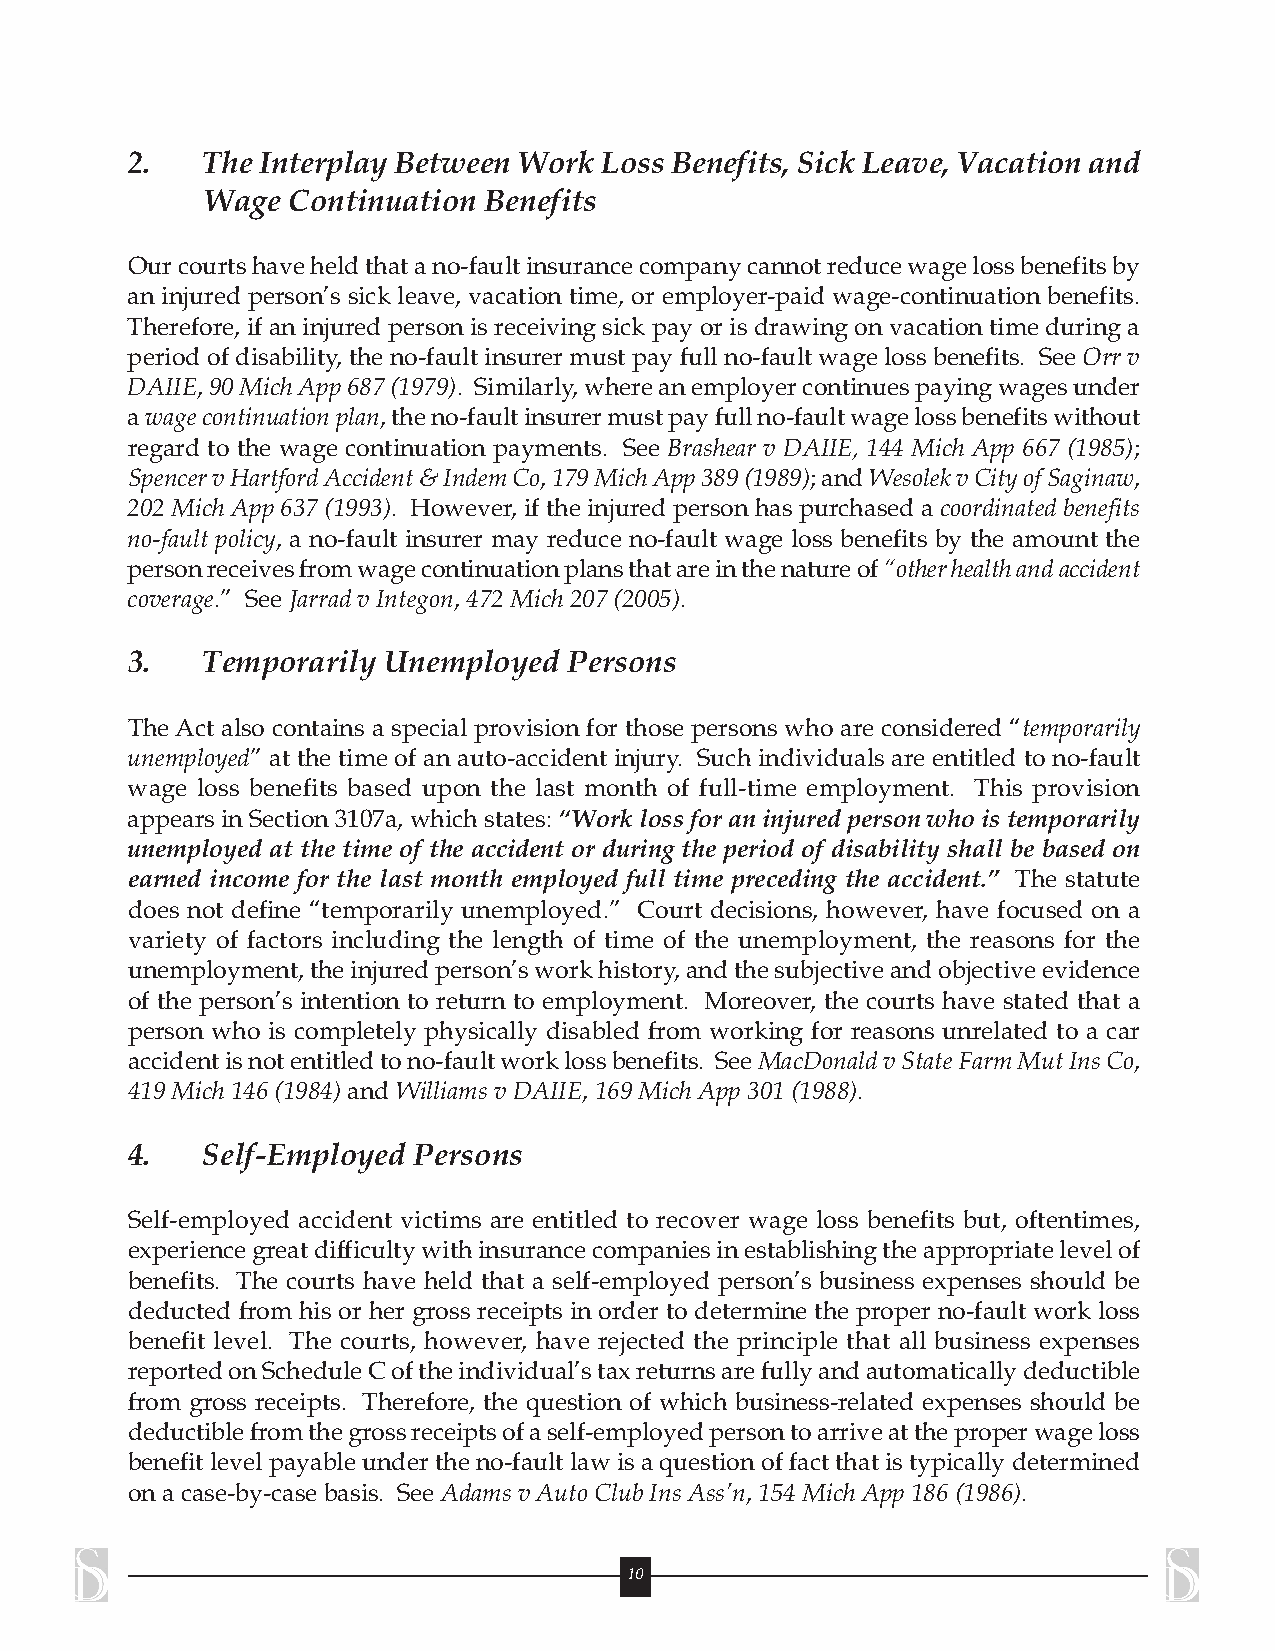
2.   The Interplay Between Work Loss Benefits, Sick Leave, Vacation and
 Wage  Continuation Benefits
 Ourcourtshaveheldthatano-faultinsurancecompanycannotreducewagelossbenefitsby
 an injured person’s sick leave, vacation time, or employer-paid wage-continuation benefits.
 Therefore, if an injured person is receiving sick pay or is drawing on vacation time during a
 period of disability, the no-fault insurer must pay full no-fault wage loss benefits. See Orr v
 DAIIE,90MichApp687(1979). Similarly,whereanemployercontinuespayingwagesunder
 awagecontinuationplan,theno-faultinsurermustpayfullno-faultwagelossbenefitswithout
 regard to the wage continuation payments. See Brashear v DAIIE, 144 Mich App 667 (1985);
 SpencervHartfordAccident&IndemCo,179MichApp389(1989);andWesolekvCityofSaginaw,
 202 Mich App 637 (1993). However, if the injured person has purchased a coordinated benefits
 no-fault policy, a no-fault insurer may reduce no-fault wage loss benefits by the amount the
 personreceivesfromwagecontinuationplansthatareinthenatureof“otherhealthandaccident
 coverage.” See JarradvIntegon,472Mich207(2005).
 3.   Temporarily Unemployed   Persons
 TheAct also contains a special provision for those persons who are considered “temporarily
 unemployed” at the time of an auto-accident injury. Such individuals are entitled to no-fault
 wage loss benefits based upon the last month of full-time employment. This provision
 appearsinSection3107a,whichstates:“Worklossforaninjuredpersonwhoistemporarily
 unemployed at the time of the accident or during the period of disability shall be based on
 earned income for the last month employed full time preceding the accident.” The statute
 does not define “temporarily unemployed.” Court decisions, however, have focused on a
 variety of factors including the length of time of the unemployment, the reasons for the
 unemployment,theinjuredperson’sworkhistory,andthesubjectiveandobjectiveevidence
 of the person’s intention to return to employment. Moreover, the courts have stated that a
 person who is completely physically disabled from working for reasons unrelated to a car
 accidentisnotentitledtono-faultworklossbenefits. SeeMacDonaldvStateFarmMutInsCo,
 419Mich 146(1984) andWilliamsvDAIIE,169MichApp 301(1988).
 4.   Self-Employed Persons
 Self-employed accident victims are entitled to recover wage loss benefits but, oftentimes,
 experiencegreatdifficultywithinsurancecompaniesinestablishingtheappropriatelevelof
 benefits. The courts have held that a self-employed person’s business expenses should be
 deducted from his or her gross receipts in order to determine the proper no-fault work loss
 benefit level. The courts, however, have rejected the principle that all business expenses
 reportedonScheduleCoftheindividual’staxreturnsarefullyandautomaticallydeductible
 from gross receipts. Therefore, the question of which business-related expenses should be
 deductiblefromthegrossreceiptsofaself-employedpersontoarriveattheproperwageloss
 benefitlevelpayableundertheno-faultlawisaquestionoffactthatistypicallydetermined
 onacase-by-casebasis. SeeAdamsvAutoClubIns Ass’n,154MichApp 186(1986).
 10